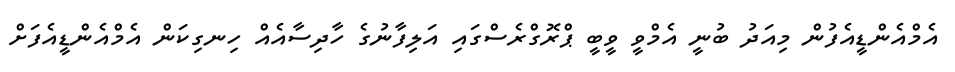
އެމްއެންޑީއެފުން މިއަދު ބުނީ އެމްވީ ވީބީ ޕްރޮގްރެސްގައި އަލިފާނުގެ ހާދިސާއެއް ހިނގިކަން އެމްއެންޑީއެފަށް